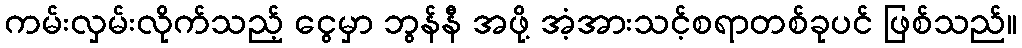
ကမ်းလှမ်းလိုက်သည့် ငွေမှာ ဘွန်နီ အဖို့ အံ့အားသင့်စရာတစ်ခုပင် ဖြစ်သည်။